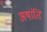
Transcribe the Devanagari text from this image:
अषांति